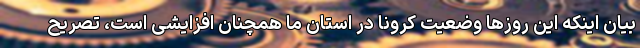
بیان اینکه این روزها وضعیت کرونا در استان ما همچنان افزایشی است، تصریح